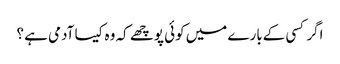
اگر کسی کےبارے میں کوئی پوچھے کہ وہ کیسا آدمی ہے ؟